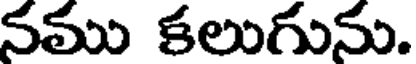
నము కలుగును.